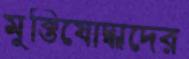
মুক্তিযোদ্ধাদের